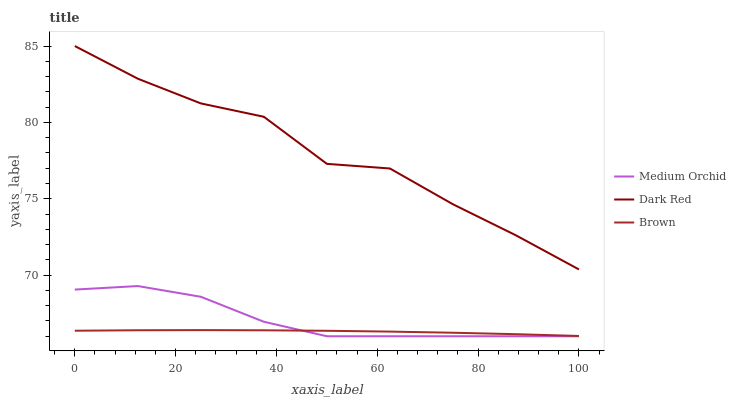
| xaxis_label | Medium Orchid | Dark Red | Brown |
 | --- | --- | --- | --- |
 | 0 | 69.1 | 85 | 66.4 |
 | 12.5 | 69.3 | 82.9 | 66.4 |
 | 25 | 68.6 | 81.2 | 66.4 |
 | 37.5 | 66.9 | 80.4 | 66.4 |
 | 50 | 66 | 77.3 | 66.4 |
 | 62.5 | 66 | 77 | 66.3 |
 | 75 | 66 | 74.6 | 66.2 |
 | 87.5 | 66 | 72.6 | 66.1 |
 | 100 | 66 | 70.4 | 66 |